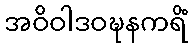
အဝိဝါဒဝဍ္ဎနကရိံ